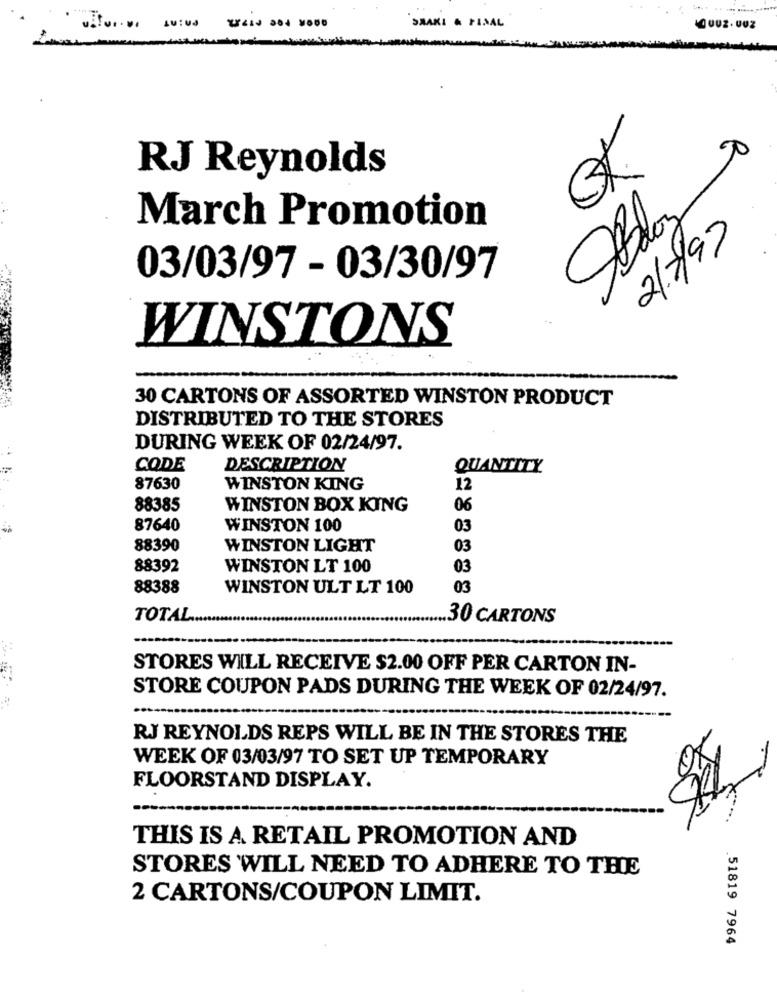
--- -----
SMAKI & FINAL
RJ Reynolds
OK
March Promotion
21.7/97
03/03/97 - 03/30/97
WINSTONS
30 CARTONS OF ASSORTED WINSTON PRODUCT
DISTRIBUTED TO THE STORES
DURING WEEK OF 02/24/97.
CODE
DESCRIPTION
QUANTITY
87630
WINSTON KING
12
88385
WINSTON BOX KING
06
87640
WINSTON 100
03
88390
WINSTON LIGHT
03
88392
WINSTON LT 100
03
88388
WINSTON ULT LT 100
03
TOTAL
.. 30 CARTONS
STORES WILL RECEIVE $2.00 OFF PER CARTON IN-
STORE COUPON PADS DURING THE WEEK OF 02/24/97.
RJ REYNOLDS REPS WILL BE IN THE STORES THE
WEEK OF 03/03/97 TO SET UP TEMPORARY
FLOORSTAND DISPLAY.
THIS IS A RETAIL PROMOTION AND
STORES WILL NEED TO ADHERE TO THE
2 CARTONS/COUPON LIMIT.
51819 7964